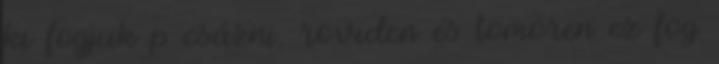
ki fogjuk p csázni, röviden és tömören ez fog